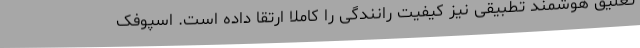
تعلیق هوشمند تطبیقی نیز کیفیت رانندگی را کاملا ارتقا داده است. اسپوفک